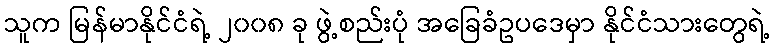
သူက မြန်မာနိုင်ငံရဲ့ ၂၀၀၈ ခု ဖွဲ့စည်းပုံ အခြေခံဥပဒေမှာ နိုင်ငံသားတွေရဲ့